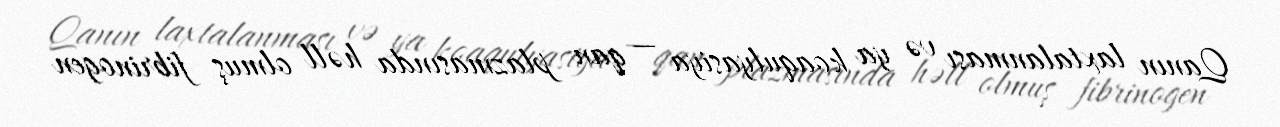
Qanın laxtalanması və ya koaqulyasiya — qan plazmasında həll olmuş fibrinogen